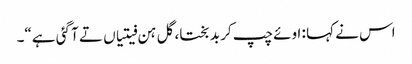
اس نے کہا : اوئے چپ کر بد بختا، گل ہن فیتیاں تے آ گئی ہے“۔